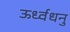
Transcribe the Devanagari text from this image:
ऊर्ध्वधनु